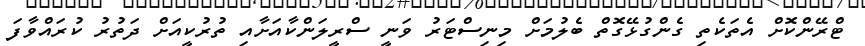
ޓްރޭންކޮށް އެތަކެތި ގެންގުޅޭގޮތް ބެލުމަށް މިނިސްޓަރު ވަނީ ސްރީލަންކާއަށާއި ތުރުކީއަށް ދަތުރު ކުރައްވާފަ